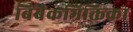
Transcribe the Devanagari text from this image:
बिंबैकभिक्तिका